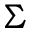
\Sigma